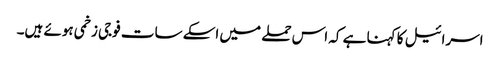
اسرائیل کا کہنا ہے کہ اس حملے میں اسکے سات فوجی زخمی ہوئے ہیں۔